Reports on dispensaries and lunatic asylums in the Province of Oudh - 1869-1876
Year: 1869
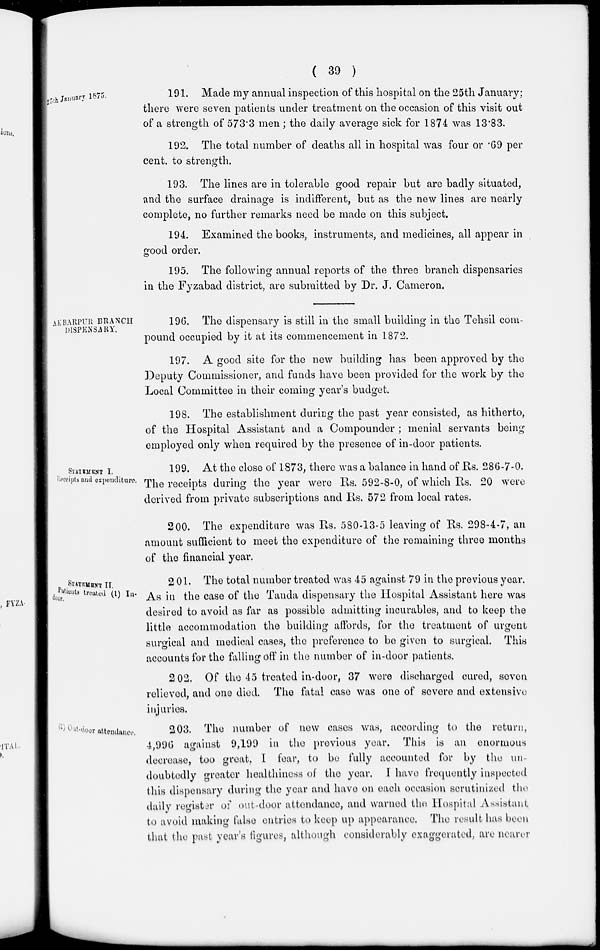
( 39 )
25th January 1875.
191. Made my annual inspection of this hospital on the 25th January;
there were seven patients under treatment on the occasion of this visit out
of a strength of 573.3 men; the daily average sick for 1874 was 13.83.
192. The total number of deaths all in hospital was four or .69 per
cent. to strength.
193. The lines are in tolerable good repair but are badly situated,
and the surface drainage is indifferent, but as the new lines are nearly
complete, no further remarks need be made on this subject.
194. Examined the books, instruments, and medicines, all appear in
good order.
195. The following annual reports of the three branch dispensaries
in the Fyzabad district, are submitted by Dr. J. Cameron.
AKBARPUR BRANCH
DISPENSARY.
196. The dispensary is still in the small building in the Tehsil com-
pound occupied by it at its commencement in 1872.
197. A good site for the new building has been approved by the
Deputy Commissioner, and funds have been provided for the work by the
Local Committee in their coming year's budget.
198. The establishment during the past year consisted, as hitherto,
of the Hospital Assistant and a Compounder ; menial servants being
employed only when required by the presence of in-door patients.
STATEMENT I.
Receipts and expenditure.
199. At the close of 1873, there was a balance in hand of Rs. 286-7-0.
The receipts during the year were Rs. 592-8-0, of which Rs. 20 were
derived from private subscriptions and Rs. 572 from local rates.
200. The expenditure was Rs. 580-13-5 leaving of Rs. 298-4-7, an
amount sufficient to meet the expenditure of the remaining three months
of the financial year.
STATEMENT II.
Patients treated (1) In-
door.
201. The total number treated was 45 against 79 in the previous year.
As in the case of the Tanda dispensary the Hospital Assistant here was
desired to avoid as far as possible admitting incurables, and to keep the
little accommodation the building affords, for the treatment of urgent
surgical and medical cases, the preference to be given to surgical. This
accounts for the falling off in the number of in-door patients.
202. Of the 45 treated in-door, 37 were discharged cured, seven
relieved, and one died. The fatal case was one of severe and extensive
injuries.
(2) Out-door attendance..
203. The number of new cases was, according to the return,
4,996 against 9,199 in the previous year. This is an enormous
decrease, too great I fear, to be fully accounted for by the un-
doubtedly greater healthiness of the year. I have frequently inspected
this dispensary during the year and have on each occasion scrutinized the
daily register of out-door attendance, and warned the Hospital Assistant
to avoid making false entries to keep up appearance. The result has been
that the past year's figures, although considerably exaggerated, are nearer